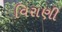
વિરાણી